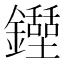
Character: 𨯐